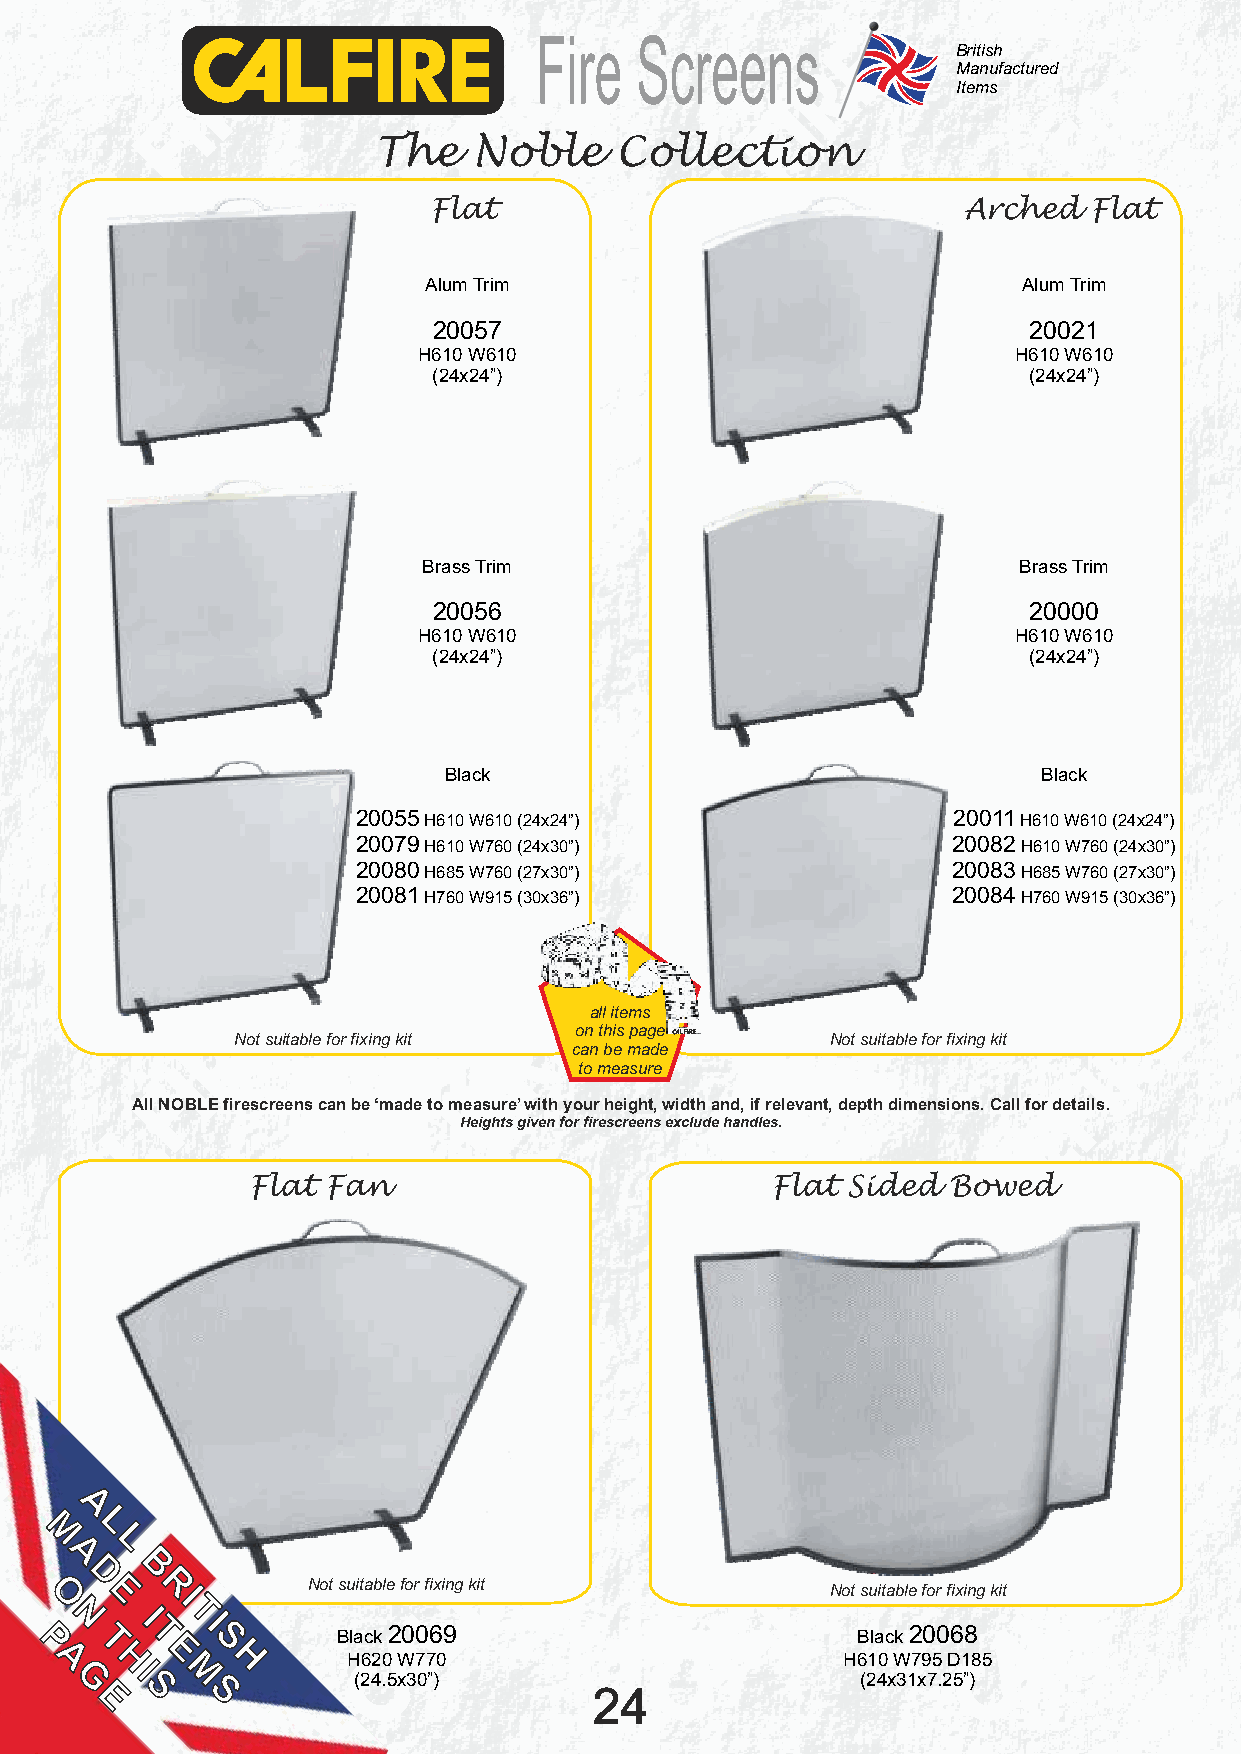
Fire   Screens
 British
 Manufactured
 Items
 The   Noble     Collection
 Flat                                Arched  Flat
 Alum Trim                               Alum Trim
 20057                                  20021
 H610 W610                              H610 W610
 (24x24”)                               (24x24”)
 Brass Trim                             Brass Trim
 20056                                  20000
 H610 W610                              H610 W610
 (24x24”)                               (24x24”)
 Black                                   Black
 20055 H610 W610 (24x24”)               20011 H610 W610 (24x24”)
 20079 H610 W760 (24x30”)               20082 H610 W760 (24x30”)
 20080 H685 W760 (27x30”)               20083 H685 W760 (27x30”)
 20081 H760 W915 (30x36”)               20084 H760 W915 (30x36”)
 all items
 on this page
 Not suitable for fixing kit            Not suitable for fixing kit
 can be made
 to measure
 All NOBLE firescreens can be ‘made to measure’ with your height, width and, if relevant, depth dimensions. Call for details.
 Heights given for firescreens exclude handles.
 Flat Fan                           Flat Sided  Bowed
 A
 L
 M   L
 A
 B
 D
 O   E  R I       Not suitable for fixing kit        Not suitable for fixing kit
 PN
 T
 I TT I
 S       Black 20069                        Black 20068
 E
 A   H       H       H620 W770                        H610 W795 D185
 G   I  M          (24.5x30”)                        (24x31x7.25”)
 S   S                         24
 E